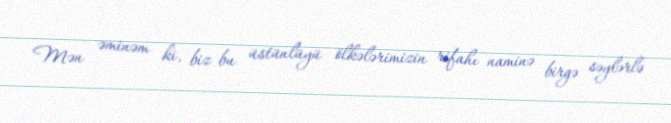
Mən əminəm ki, biz bu üstünlüyü ölkələrimizin rifahı naminə birgə səylərlə